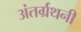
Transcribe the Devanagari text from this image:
अंतर्ग्रथनी